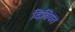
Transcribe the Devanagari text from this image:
दिबियत